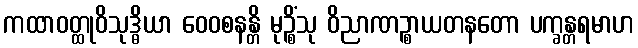
ကထာဝတ္ထုဝိသုဒ္ဓိယာ ဝေဝစနန္တိ မုဉ္စိံသု ဝိညာဏဉ္စာယတနတော ပက္ခန္တရမာဟ